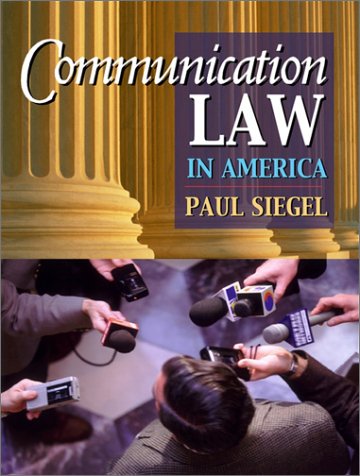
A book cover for Communication Law in America; Paul Siegel; Law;